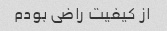
از کیفیت راضی بودم